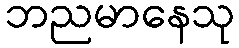
ဘညမာနေသု